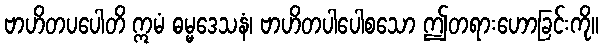
ဗာဟိတပပေါတိ ဣမံ ဓမ္မဒေသနံ၊ ဗာဟိတပါပေါစသော ဤတရားဟောခြင်းကို။